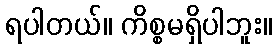
ရပါတယ်။ ကိစ္စမရှိပါဘူး။